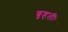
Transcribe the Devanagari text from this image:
बृहतीः